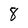
Character: 8